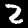
Label: 2